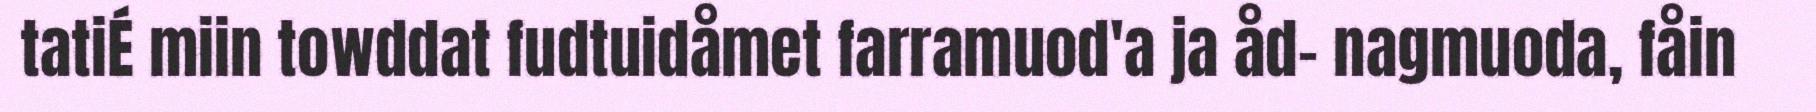
tatiÉ miin towddat fudtuidåmet farramuod'a ja åd- nagmuoda, fåin